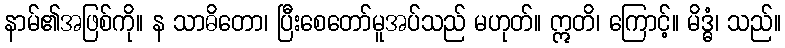
နာမ်၏အဖြစ်ကို။ န သာဓိတော၊ ပြီးစေတော်မူအပ်သည် မဟုတ်။ ဣတိ၊ ကြောင့်။ မိဒ္ဓံ၊ သည်။